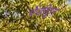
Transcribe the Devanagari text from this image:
पेंडीतून